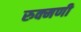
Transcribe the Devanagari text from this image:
रुक्‍मणी